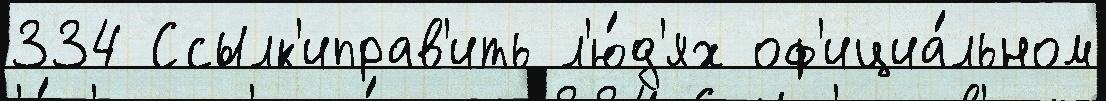
334 Ссылк'иправ'ить л'ю́д'ях оф'ициа́льном